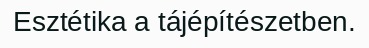
Esztétika a tájépítészetben.